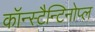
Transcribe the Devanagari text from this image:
कॉन्स्टैन्टिनोप्ल